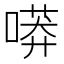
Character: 𠻵